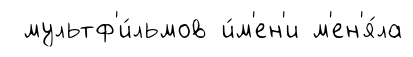
мультф'и́льмов и́м'ен'и м'ен'я́ла